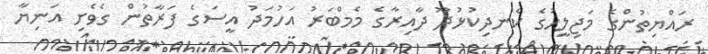
ރައްޔިތުންގެ މަޖިލީހުގެ ކެނދިކުޅުދޫ ދާއިރާގެ މެމްބަރު އަހުމަދު އީސަގެ ފަރާތުން ގެވެށި އަނިޔާ